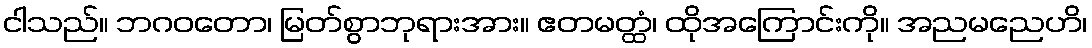
ငါသည်။ ဘဂဝတော၊ မြတ်စွာဘုရားအား။ ဧတမတ္ထံ၊ ထိုအကြောင်းကို။ အညမညေဟိ၊